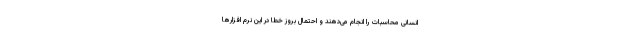
انسانی محاسبات را انجام می‌دهند و احتمال بروز خطا در این نرم افزارها